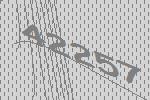
42257